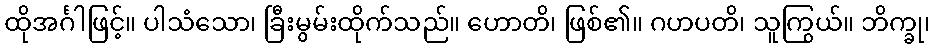
ထိုအင်္ဂါဖြင့်။ ပါသံသော၊ ခြီးမွမ်းထိုက်သည်။ ဟောတိ၊ ဖြစ်၏။ ဂဟပတိ၊ သူကြွယ်။ ဘိက္ခု၊